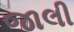
જાલી